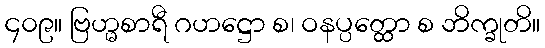
၄၀၉။ ဗြဟ္မစာရီ ဂဟဋ္ဌော စ၊ ဝနပ္ပတ္ထော စ ဘိက္ခုတိ။